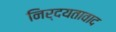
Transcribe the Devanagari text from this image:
निर्दयतावाद